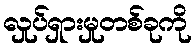
လှုပ်ရှားမှုတစ်ခုကို